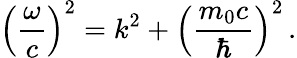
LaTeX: \left({\frac{\omega}{c}}\right)^{2}=k^{2}+\left({\frac{m_{0}c}{\hbar}}\right)^{2}\, .